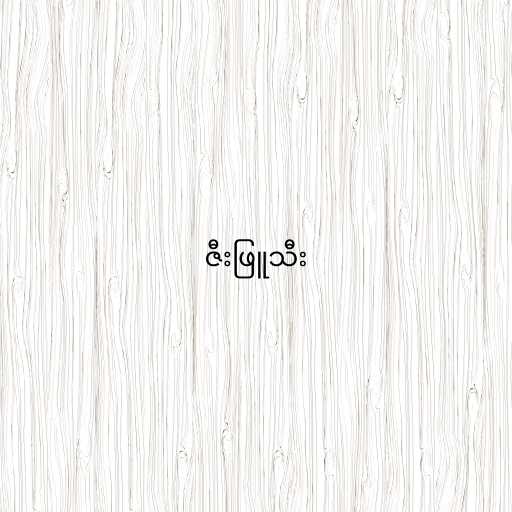
ဇီးဖြူသီး